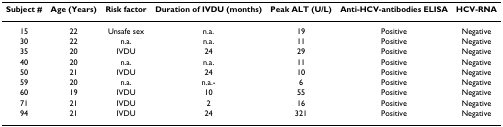
| Subject # | Age (Years) | Risk factor | Duration of IVDU (months) | Peak ALT (U/L) | Anti-HCV-antibodies ELISA | HCV-RNA |
 | --- | --- | --- | --- | --- | --- | --- |
 | 15 | 22 | Unsafe sex | n.a. | 19 | Positive | Negative |
 | 30 | 22 | n.a. | n.a. | 11 | Positive | Negative |
 | 35 | 20 | IVDU | 24 | 29 | Positive | Negative |
 | 40 | 20 | n.a. | n.a. | 11 | Positive | Negative |
 | 50 | 21 | IVDU | 24 | 10 | Positive | Negative |
 | 59 | 20 | n.a. | n.a.- | 6 | Positive | Negative |
 | 60 | 19 | IVDU | 10 | 55 | Positive | Negative |
 | 71 | 21 | IVDU | 2 | 16 | Positive | Negative |
 | 94 | 21 | IVDU | 24 | 321 | Positive | Negative |